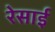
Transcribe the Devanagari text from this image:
रेसाई